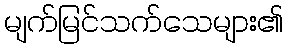
မျက်မြင်သက်သေများ၏